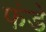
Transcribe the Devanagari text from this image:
फंडे